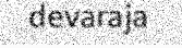
devaraja